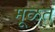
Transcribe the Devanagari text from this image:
मूळत